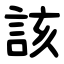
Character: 該